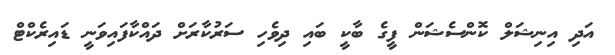
އަދި އިނިޝަލް ކޮންސެޝަން ފީގެ ބާކީ ބައި ދިވެހި ސަރުކާރަށް ދައްކާފައިވަނީ ޑައިރެކްޓް